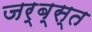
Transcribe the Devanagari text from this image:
जर्ब्स्त